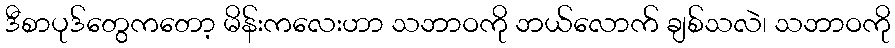
ဒီစာပုဒ်တွေကတော့ မိန်းကလေးဟာ သဘာဝကို ဘယ်လောက် ချစ်သလဲ၊ သဘာဝကို